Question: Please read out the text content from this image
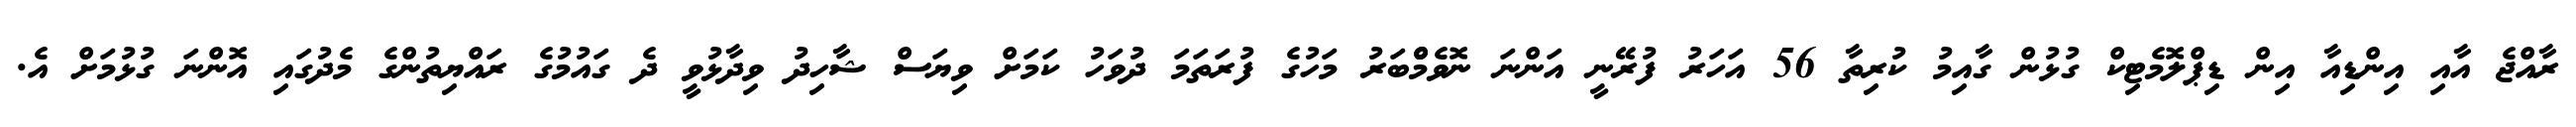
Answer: ރާއްޖެ އާއި އިންޑިއާ އިން ޑިޕްލޮމެޓިކް ގުޅުން ގާއިމު ކުރިތާ 56 އަހަރު ފުރޭނީ އަންނަ ނޮވެމްްބަރު މަހުގެ ފުރަތަމަ ދުވަހު ކަމަށް ވިޔަސް ޝާހިދު ވިދާޅުވީ ދެ ގައުމުގެ ރައްޔިތުންގެ މެދުގައި އޮންނަ ގުޅުމަށް އެ.